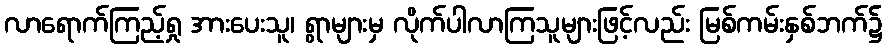
လာရောက်ကြည့်ရှု အားပေးသူ၊ ရွာများမှ လိုက်ပါလာကြသူများဖြင့်လည်း မြစ်ကမ်းနှစ်ဘက်၌